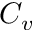
C _ { v }